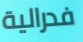
فدرالية